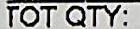
TOT QTY: